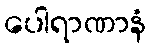
ပေါရာဏာနံ